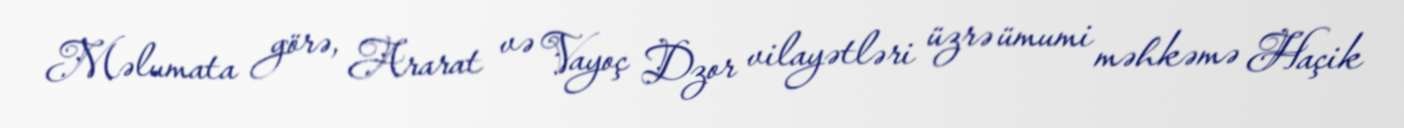
Məlumata görə, Ararat və Vayoç Dzor vilayətləri üzrə ümumi məhkəmə Haçik